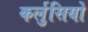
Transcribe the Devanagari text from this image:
कर्लुसियो